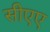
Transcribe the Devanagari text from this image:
सीएए